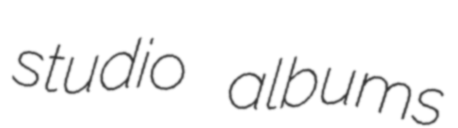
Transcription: studio albums